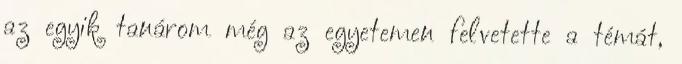
az egyik tanárom még az egyetemen felvetette a témát,